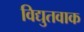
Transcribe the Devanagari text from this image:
विद्युतवाक